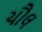
ચૌલ